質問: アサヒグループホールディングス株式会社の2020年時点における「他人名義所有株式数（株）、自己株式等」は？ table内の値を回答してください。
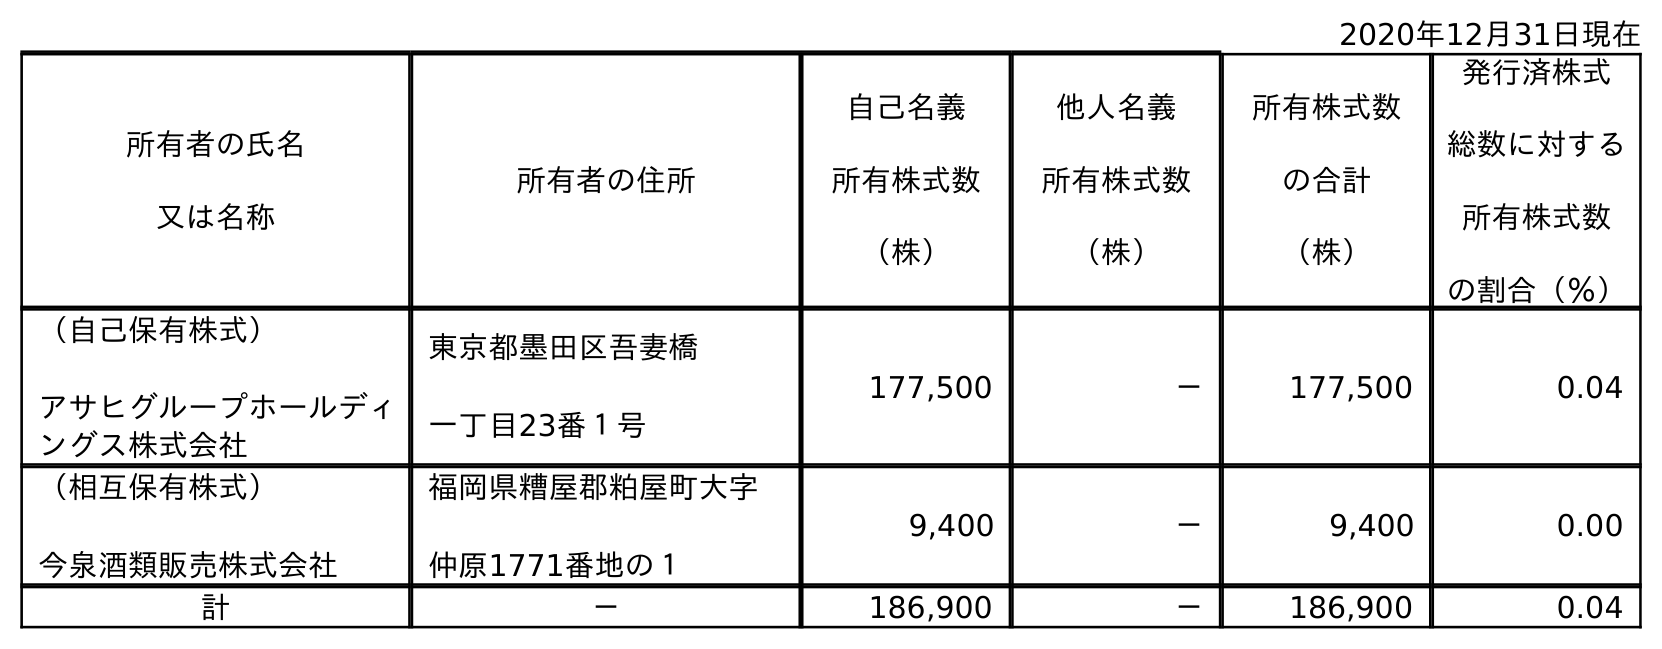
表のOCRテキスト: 2020年12月31日現在 所有者の氏名 又は名称 所有者の住所 自己名義 所有株式数 （株） 他人名義 所有株式数 （株） 所有株式数 の合計 （株） 発行済株式 総数に対する 所有株式数 の割合（％） （自己保有株式） アサヒグループホールディ ングス株式会社 東京都墨田区吾妻橋 一丁目23番１号 177,500 － 177,500 0.04 （相互保有株式） 今泉酒類販売株式会社 福岡県糟屋郡粕屋町大字 仲原1771番地の１ 9,400 － 9,400 0.00 計 － 186,900 － 186,900 0.04
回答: －